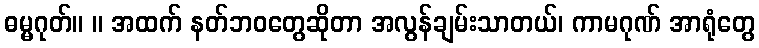
ဓမ္မဂုတ်။ ။ အထက် နတ်ဘဝတွေဆိုတာ အလွန်ချမ်းသာတယ်၊ ကာမဂုဏ် အာရုံတွေ